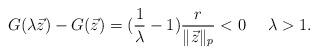
LaTeX: \begin{align*}G(\lambda\vec z)-G(\vec z) =(\frac{1}{\lambda}-1)\frac{r}{\|\vec z\|_p}<0 \,\,\,\, \,\,\,\, \lambda>1.\end{align*}